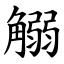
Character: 䚥